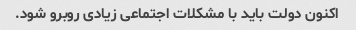
اکنون دولت باید با مشکلات اجتماعی زیادی روبرو شود.